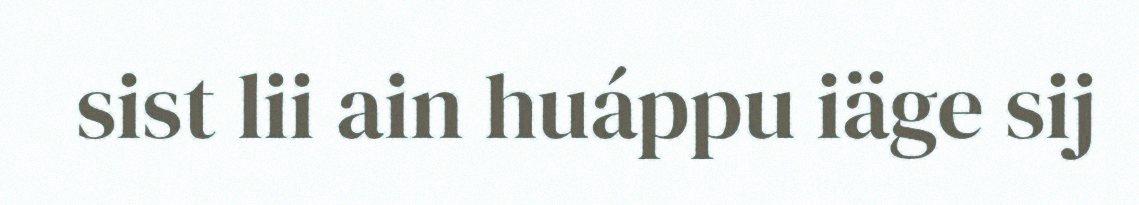
sist lii ain huáppu iäge sij